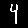
Digit: 4